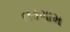
તડગામ